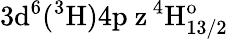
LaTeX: \mathrm{3d^{6}(^{3}H)4p\ z\, ^{4}H_{13/2}^{o}}